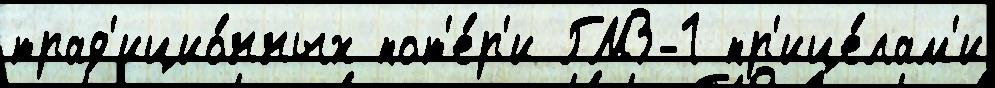
трад'ицио́нных пот'е́р'и ГМЗ-1 пр'ице́лам'и